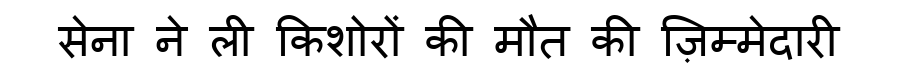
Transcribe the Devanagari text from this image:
सेना ने ली किशोरों की मौत की ज़िम्मेदारी